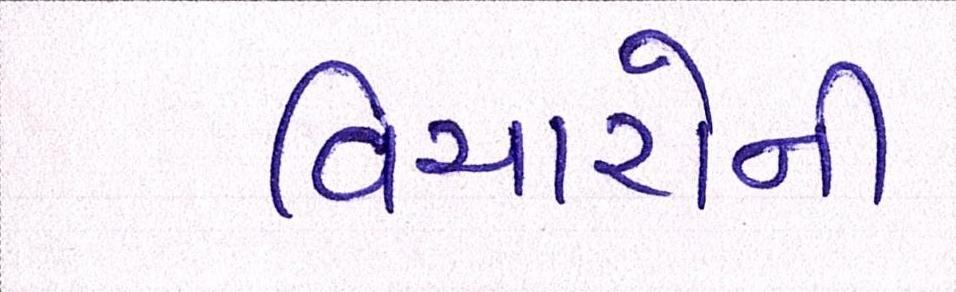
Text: વિચારોની